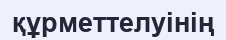
құрметтелуінің